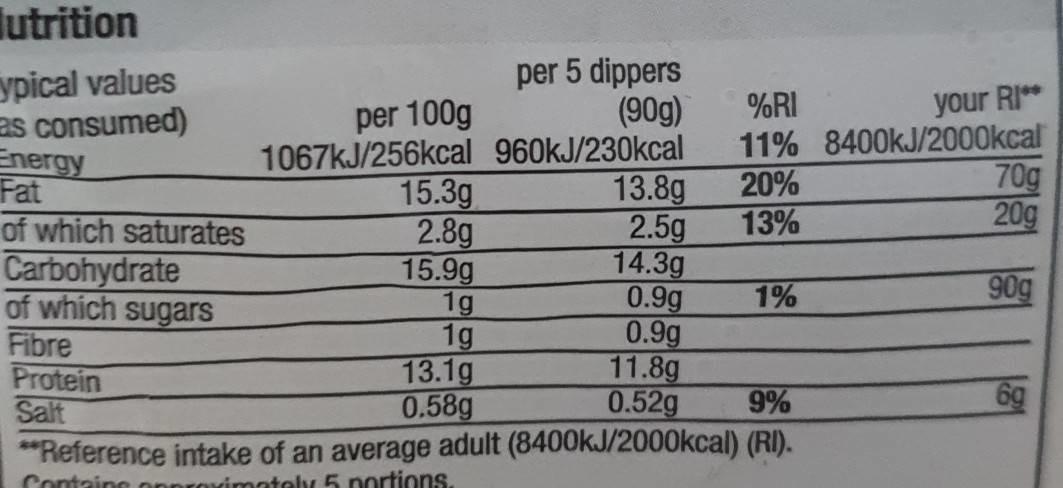
utrition
ypical values
as consumed)
Energy Fat
of which saturates
Carbohydrate
of which sugars Fibre
Protein Salt
per 100g
1067kJ/256kcal 960kJ/230kcal
15.3g
2.8g
15.9g
1g
1g
per 5 dippers (90g)
13.1g
0.58g
13.8g
2.5g
14.3g
0.9g
0.9g
11.8g
0.52g
%RI
your RI**
11% 8400kJ/2000kcal
20%
13%
1%
9%
**Reference intake of an average adult (8400kJ/2000kcal) (RI).
Containe opproximately 5 portions.
70g
20g
90g
6g